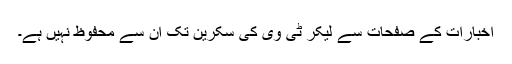
اخبارات کے صفحات سے لیکر ٹی وی کی سکرین تک ان سے محفوظ نہیں ہے۔